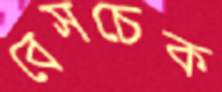
বেসচেক